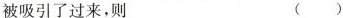
被吸引了过来，则 ( )